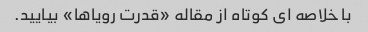
با خلاصه ای کوتاه از مقاله «قدرت رویاها» بیایید.